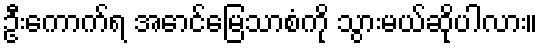
ဦးကောက်ရ အောင်မြေသာစံကို သွားမယ်ဆိုပါလား။